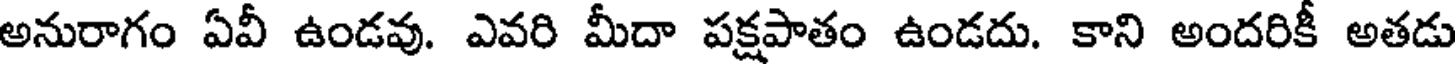
అనురాగం ఏవీ ఉండవు. ఎవరి మీదా పక్షపాతం ఉండదు. కాని అందరికీ అతడు